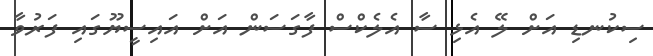
ސިކުނޑި އަށް ލޭ އެޅި ސާ އެލެކްސް ފާގަސަން އަށް އައިސީޔޫގައި ފަރުވާ